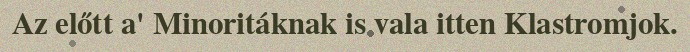
Az előtt a' Minoritáknak is vala itten Klastromjok.